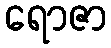
ရောဇာ